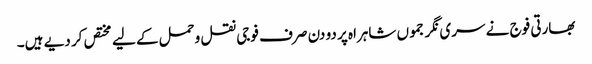
بھارتی فوج نے سری نگر جموں شاہراہ پر دو دن صرف فوجی نقل وحمل کے لیے مختص کر دیے ہیں۔